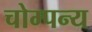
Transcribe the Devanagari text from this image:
चोम्पन्य